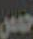
حس